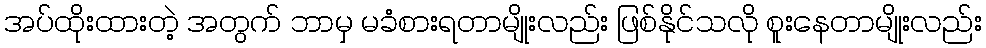
အပ်ထိုးထားတဲ့ အတွက် ဘာမှ မခံစားရတာမျိုးလည်း ဖြစ်နိုင်သလို စူးနေတာမျိုးလည်း